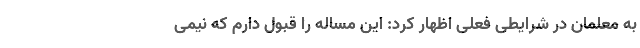
به معلمان در شرایطی فعلی اظهار کرد: این مساله را قبول دارم که نیمی